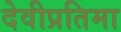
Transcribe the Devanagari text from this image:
देवीप्रतिमा